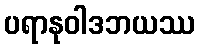
ပရာနုဝါဒဘယဿ